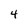
Character: 4